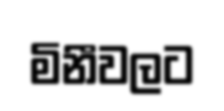
මිනීවලට